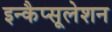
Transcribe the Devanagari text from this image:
इन्कैप्सूलेशन